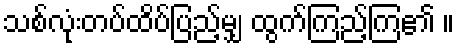
သစ်လုံးတပ်ထိပ်ပြည့်မျှ ထွက်ကြည့်ကြ၏ ။